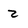
Character: 2